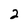
Character: 2